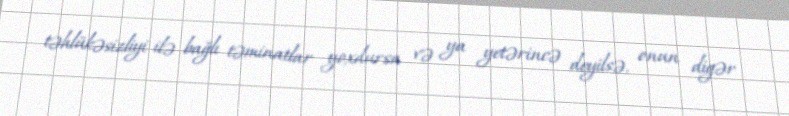
təhlükəsizliyi ilə bağlı təminatlar yoxdursa və ya yetərincə deyilsə, onun digər